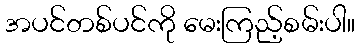
အပင်တစ်ပင်ကို မေးကြည့်စမ်းပါ။